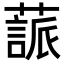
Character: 𦽤